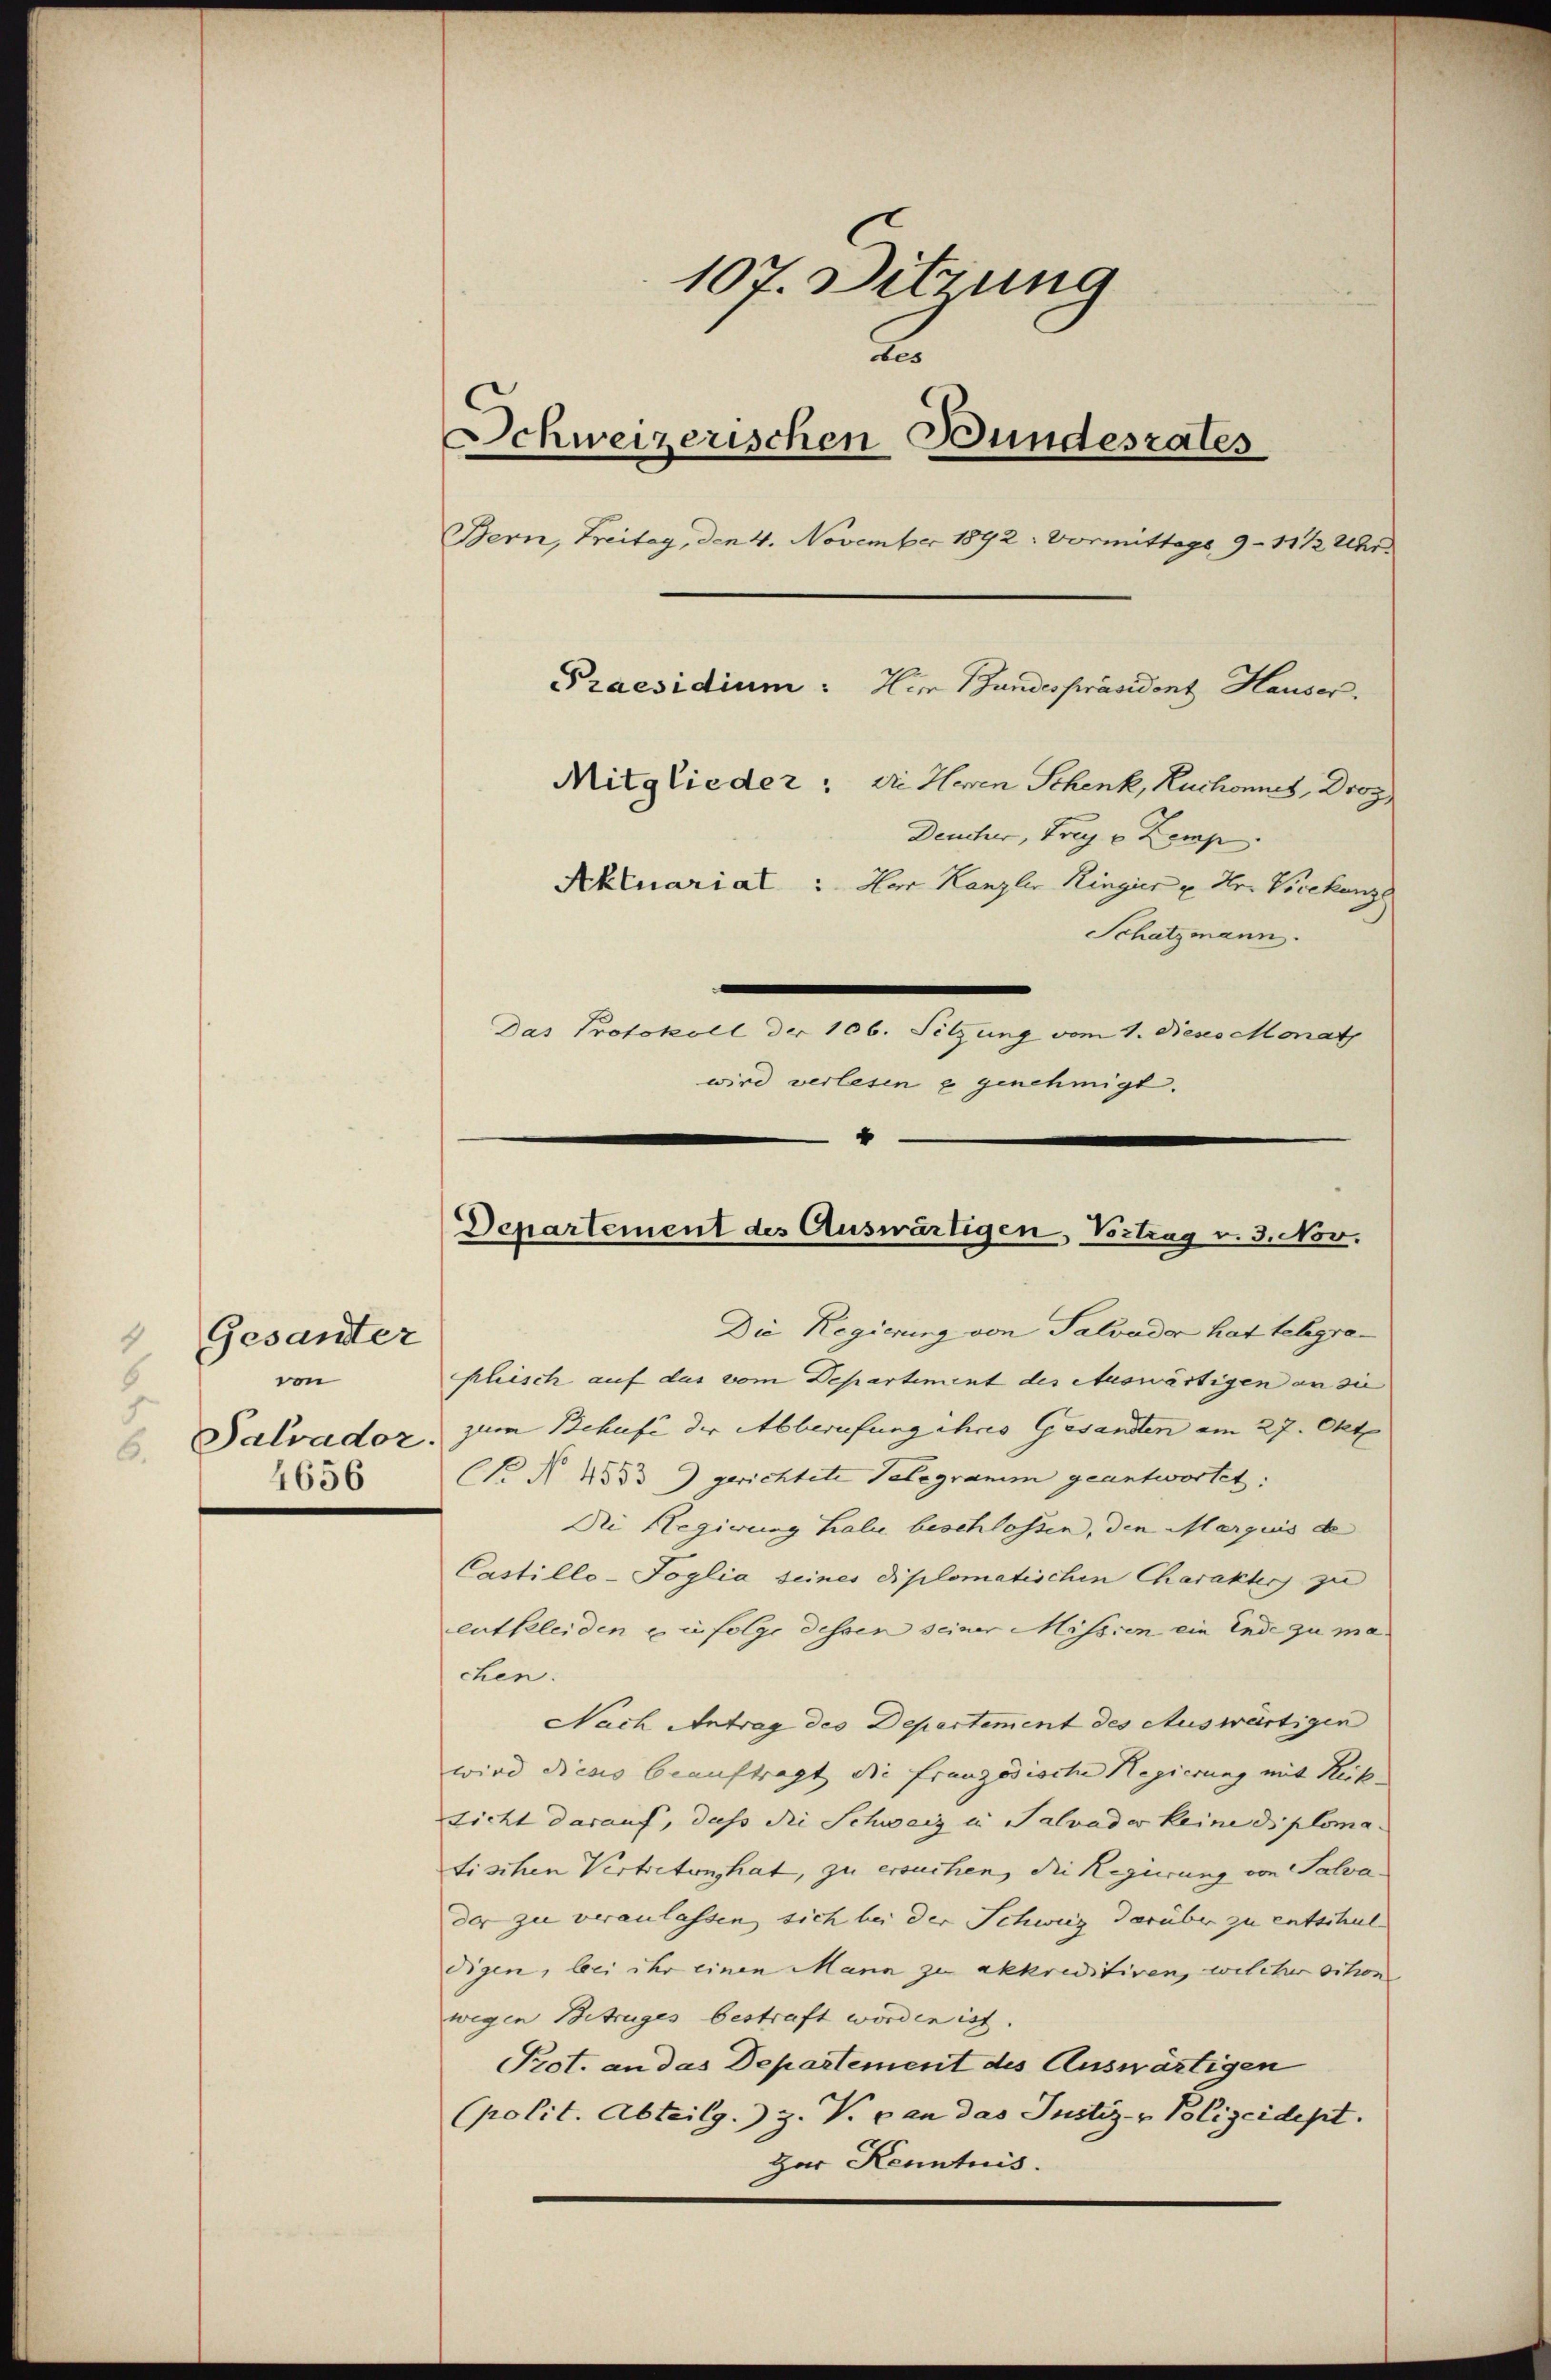
Gesandter
1
von
8
6.
4656

107. Sitzung
2
Schweizerischen Bundesrates
Bern, Freitag, den 4. November 1892: Vormittags, 9-11 ½ Uhr
Praesidium: Her Bundespräsident Hauses.
Mitglieder: Die Heren Schenk, Huchonnes, Droz
Deucher, Frey u Komp
Aktuariat : Der Kanzler Ringier u. der Vicekun
Schatzmann.
Das Protokoll der 106. Sitzung vom 1. Reso Monat
wird verlesen u genehmigt.
4

Departement des Auswärtigen, Vortrag v. 3. Nov.

Die Regierung von Salvader hat telegraplisch auf das vom Departement des Auswärtigen an sie
Salvadoz, zum Behufe der Abberufung ihres Gesandten am 27. Okt.
N. N. 1333) gerichtete Telegramm geantwortet:
Die Regierung hali beschlossen, den Marques de
Castillo-Foglia seines diplomatischen Charakters zu
entkleiden u infolge dessen seiner Mission ein Ende zu machen.
Nach Antrag des Departement des Auswärtigen
wird dieses beauftragt die französische Regierung mit Rück-
sicht darauf, dass die Schweiz in Salvader keine diplomafischen Vertreten hat, zu ersuchen, die Regierung von Salva-
der zu veranlassen, sich bei der Schweiz darüber zu entschuldigen, bei ihr einen Mann zu akkreditiren, welcher schon
wegen Betruges bestraft worden ist.
Prot. an das Departement des Auswärtigen
(polit. Abteilg.) Z. V. an das Justiz- & Polizeidept.
Zur Kenntnis.